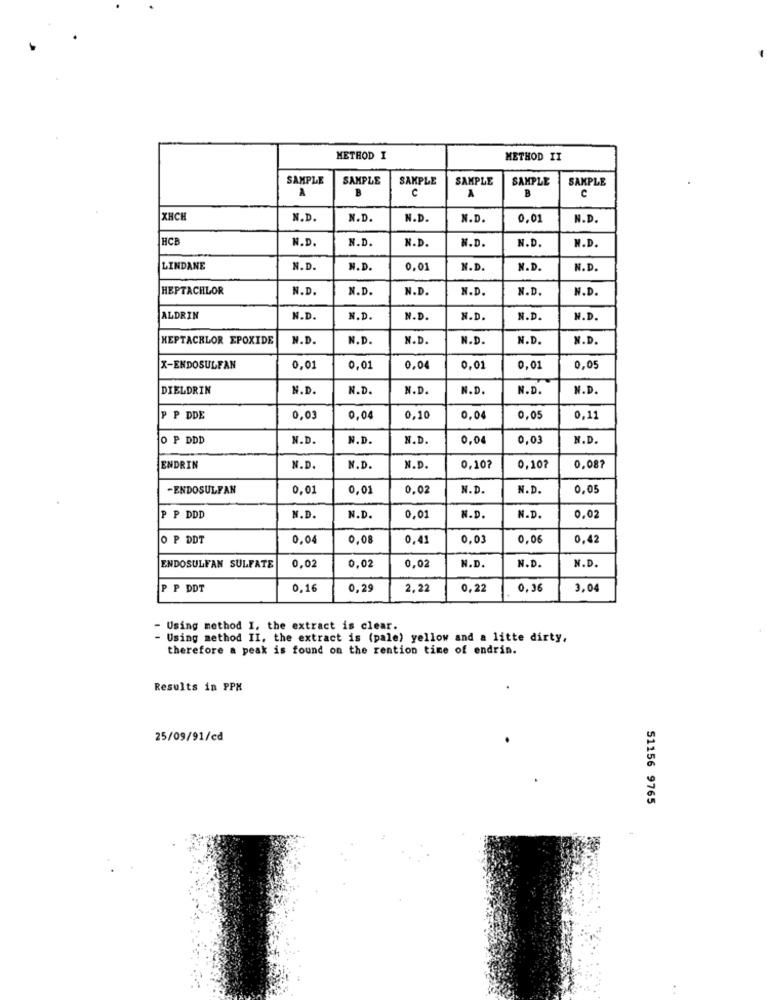
METHOD I
METHOD IT
SAMPLE
SAMPLE
SAMPLE
SAMPLE
SAMPLE
SAMPLE
C
A
B
A
B
c
XHCH
N.D
N.D.
N.D.
N.D.
0,0
N.D.
HCB
N.D.
N.D.
N.D.
N.D.
N.D.
N.D.
LINDANE
N.D.
N.D.
0,01
N.D.
N.D.
N.D.
HEPTACHLOR
N.D.
N.D.
N.D.
N.D.
N.D.
N.D.
ALDRIN
N.D.
N.D.
N.D.
N.D.
N.D.
N.D.
HEPTACHLOR EPOXIDE
N.D.
N.D.
N.D.
N.D.
N.D.
N.D.
X-ENDOSULFAN
0,01
0,01
0,04
0,01
0,01
0,05
DIELDRIN
N.D.
N.D.
N.D.
N.D.
N.D.
N.D.
P P DDE
0,03
0,00
0,10
0,04
0,05
0,1
O P DDD
N.D
N.D.
N.D.
0,04
0,0
N.D.
ENDRIN
N.D.
N.D.
N.D.
0,107
0,10?
0,087
-ENDOSULFAN
0,01
0,01
0,02
N.D.
N.D.
0.0
P P DDD
N.D.
N.D.
0,01
N.D.
N.D.
0,0
O P DDT
0,04
0,08
0,41
0,0
0,06
0,42
ENDOSULFAN SULFATE
0,02
0,02
0,02
N.D.
N.D.
N.D.
P P DDT
0,16
0,29
2,22
0,22
0,36
3,04
- Using method I, the extract is clear.
Using method II, the extract is (pale) yellow and a litte dirty,
therefore a peak is found on the rention time of endrin.
Results in PPX
25/09/91/cd
51156 9765